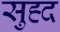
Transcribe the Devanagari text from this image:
सुह्द